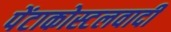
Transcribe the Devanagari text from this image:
पेंटाकोस्टलवादी